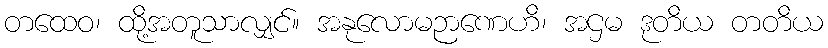
တထေဝ၊ ထို့အတူသာလျှင်။ အနုလောမဉာဏေဟိ၊ အဌမ ဒုတိယ တတိယ